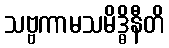
သဗ္ဗကာမသမိဒ္ဓိနီတိ